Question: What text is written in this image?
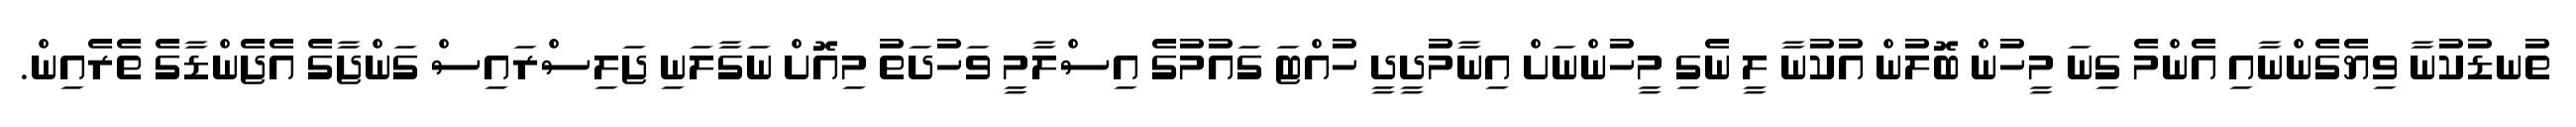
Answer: ތުނޑުކުނާ ވިޔެގެންނާއި އެންމެ ގިނަ މީހުން ބޮލުން އުކުނާ ލީ ނެގި މީހުންނަށް އިނާމުދީދީ ހުއްޓަ ގައުމުގެ އިސްލާމީ ވަހުދަތު މިއޮށް ނަގާލަނި ޖަލިސްރައިސް ގަންޖާގެ އެޖެންޑާގެ ތެރެއިން.